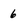
Character: 6